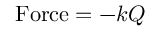
\mathrm { F o r c e } = - k Q